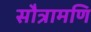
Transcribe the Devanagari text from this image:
सौत्रामणि